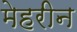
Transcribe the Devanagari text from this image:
मेहरीन